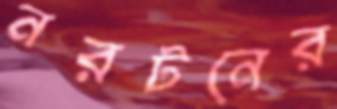
নরটনের